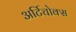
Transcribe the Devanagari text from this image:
अर्टिचोक्स